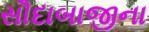
સૌદાબાજીના